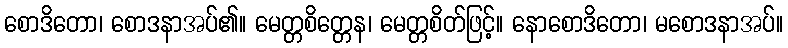
စောဒိတော၊ စောဒနာအပ်၏။ မေတ္တစိတ္တေန၊ မေတ္တစိတ်ဖြင့်။ နောစောဒိတော၊ မစောဒနာအပ်။